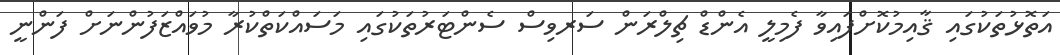
އަތޮޅުތަކުގައި ޤާއިމުކޮށްފައިވާ ފެމިލީ އެންޑް ޗިލްރަން ސަރވިސް ސެންޓަރުތަކުގައި މަސައްކަތްކުރާ މުވައްޒަފުންނަށް ފަންނީ